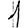
Digit: 1